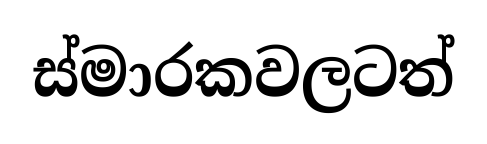
ස්මාරකවලටත්